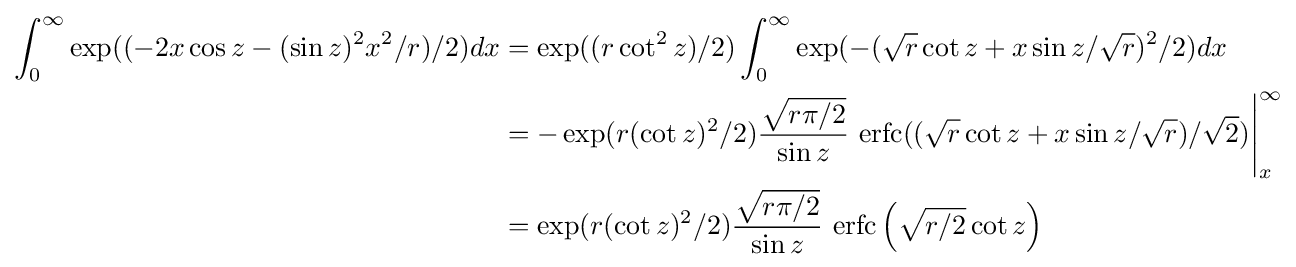
{\begin{aligned}\int _{0}^{\infty }\exp((-2x\cos z-(\sin z)^{2}x^{2}/r)/2)dx&=\exp((r\cot ^{2}z)/2)\int _{0}^{\infty }\exp(-({\sqrt {r}}\cot z+x\sin z/{\sqrt {r}})^{2}/2)dx\\&=-\exp(r(\cot z)^{2}/2){\frac {\sqrt {r\pi /2}}{\sin z}}{\text{ erfc}}(({\sqrt {r}}\cot z+x\sin z/{\sqrt {r}})/{\sqrt {2}}){\Bigg |}_{x}^{\infty }\\&=\exp(r(\cot z)^{2}/2){\frac {\sqrt {r\pi /2}}{\sin z}}{\text{ erfc}}\left({\sqrt {r/2}}\cot z\right)\\\end{aligned}}